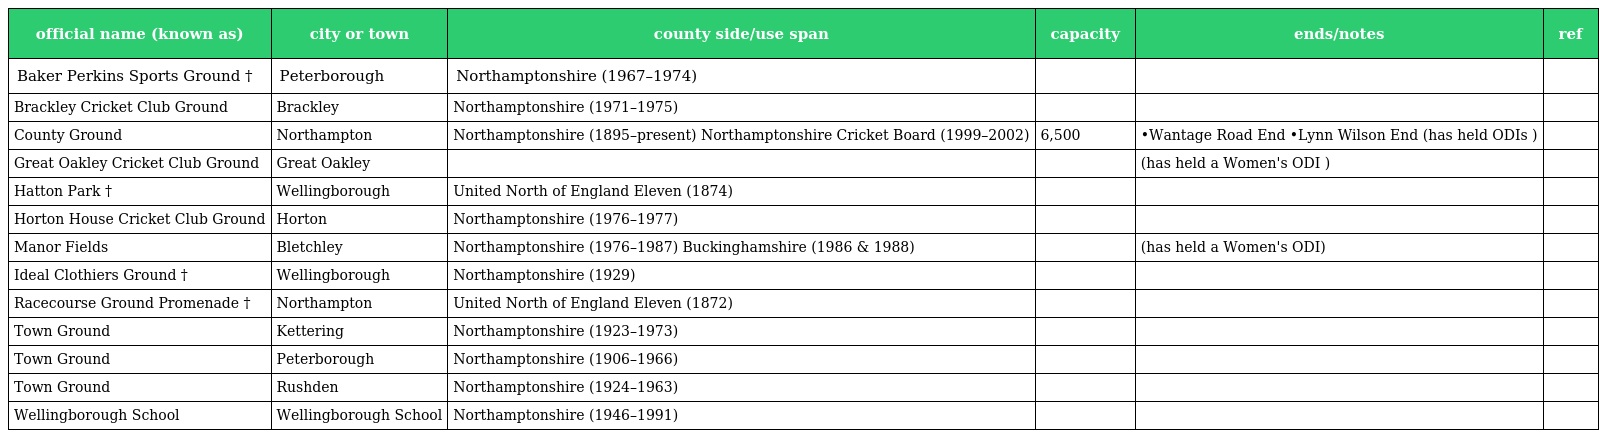
| official name (known as) | city or town | county side/use span | capacity | ends/notes | ref |
 | --- | --- | --- | --- | --- | --- |
 | Baker Perkins Sports Ground † | Peterborough | Northamptonshire (1967–1974) |  |  |  |
 | Brackley Cricket Club Ground | Brackley | Northamptonshire (1971–1975) |  |  |  |
 | County Ground | Northampton | Northamptonshire (1895–present) Northamptonshire Cricket Board (1999–2002) | 6,500 | •Wantage Road End •Lynn Wilson End (has held ODIs ) |  |
 | Great Oakley Cricket Club Ground | Great Oakley |  |  | (has held a Women's ODI ) |  |
 | Hatton Park † | Wellingborough | United North of England Eleven (1874) |  |  |  |
 | Horton House Cricket Club Ground | Horton | Northamptonshire (1976–1977) |  |  |  |
 | Manor Fields | Bletchley | Northamptonshire (1976–1987) Buckinghamshire (1986 & 1988) |  | (has held a Women's ODI) |  |
 | Ideal Clothiers Ground † | Wellingborough | Northamptonshire (1929) |  |  |  |
 | Racecourse Ground Promenade † | Northampton | United North of England Eleven (1872) |  |  |  |
 | Town Ground | Kettering | Northamptonshire (1923–1973) |  |  |  |
 | Town Ground | Peterborough | Northamptonshire (1906–1966) |  |  |  |
 | Town Ground | Rushden | Northamptonshire (1924–1963) |  |  |  |
 | Wellingborough School | Wellingborough School | Northamptonshire (1946–1991) |  |  |  |